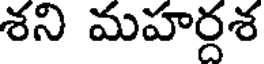
శని మహర్దశ